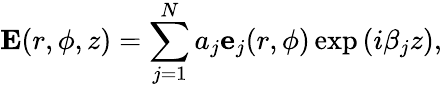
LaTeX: \textbf{E}(r,\phi,z)=\sum_{j=1}^{N}a_{j}\textbf{e}_{j}(r,\phi)\exp{(i\beta_{j}z)},